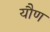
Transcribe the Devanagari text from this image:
यौण